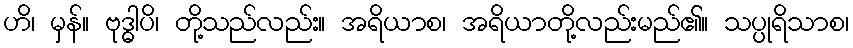
ဟိ၊ မှန်။ ဗုဒ္ဓါပိ၊ တို့သည်လည်း။ အရိယာစ၊ အရိယာတို့လည်းမည်၏။ သပ္ပုရိသာစ၊